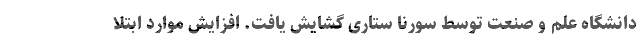
دانشگاه علم و صنعت توسط سورنا ستاری گشایش یافت. افزایش موارد ابتلا